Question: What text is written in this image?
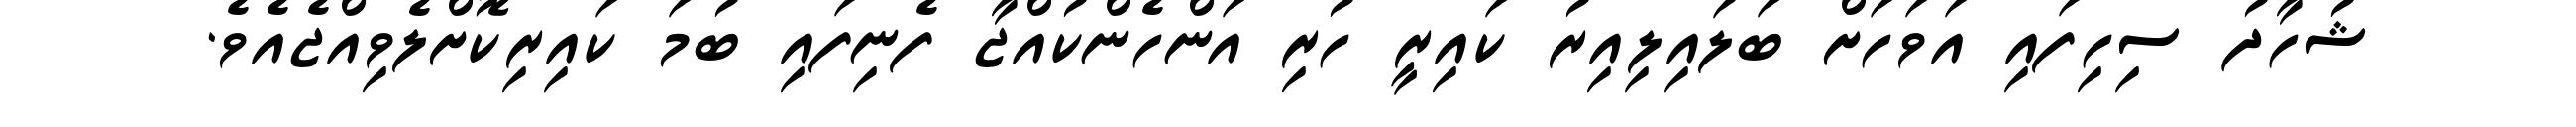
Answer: ޝުހާދު ސިހިފައި އަވަހަށް ބަލައިލިއިރު ކައިރީ ހުރި އަންހެންކުއްޖާ ފެނިފައި ބުމަ ކައިރިކޮށްލެވިއްޖެއެވެ.